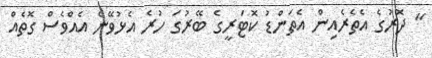
" ދޮރުގެ އެތެރެއިން އެތަންޑު ކޮޓަރީގެ ބޭރުގަ ހުރެ އެޅުވޭނެ އެއްވެސް ގޮތެއް